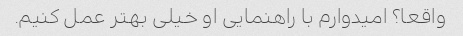
واقعا؟ امیدوارم با راهنمایی او خیلی بهتر عمل کنیم.